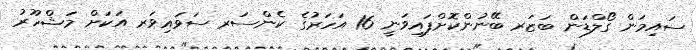
ސައިމަން ގޯލްޑަން ބަޒަރ ބޭނުންކޮށްފައިވަނީ 16 އަހަރުގެ ކެންސަރ ސަވައިވަރ އަކަށް މަޝްހޫރު